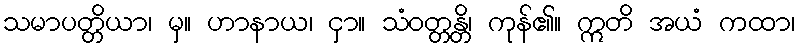
သမာပတ္တိယာ၊ မှ။ ဟာနာယ၊ ငှာ။ သံဝတ္တန္တိ၊ ကုန်၏။ ဣတိ အယံ ကထာ၊